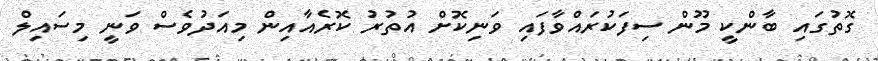
ގޮތުގައި ބާންކީ މޫން ސިފަކުރައްވާފައި ވަނިކޮށް އުތުރު ކޮރެއާއިން މިއަދުވެސް ވަނީ މިސައިލް